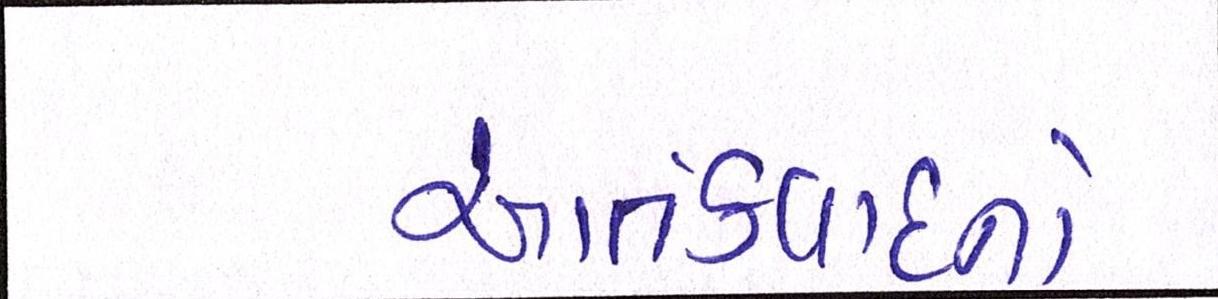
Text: આતંકવાદનો